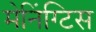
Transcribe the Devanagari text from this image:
मेनिंग्टिस